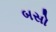
બસો